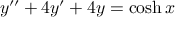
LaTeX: y ^ { \prime \prime } + 4 y ^ { \prime } + 4 y = \cosh x